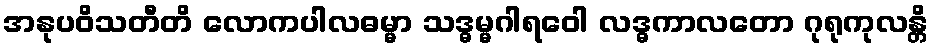
အနုပဝိသတီတိ လောကပါလဓမ္မာ သဒ္ဓမ္မဂါရဝေါ လဒ္ဓကာလတော ဂုရုကုလန္တိ